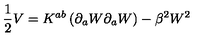
\frac { 1 } { 2 } V = K ^ { a b } \left( \partial _ { a } W \partial _ { a } W \right) - \beta ^ { 2 } W ^ { 2 }